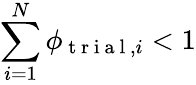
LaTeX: \sum_{i=1}^{N}\phi_{\mathrm{~t~r~i~a~l~},i}<1